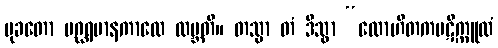
မုခတော ပဂ္ဃရမာနကာလေ လဗ္ဘတိ။ တသ္မာ တံ ဒိသွာ “လောဟိတကပဋိက္ကူလံ